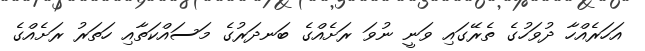
އަހަރެއްހާ ދުވަހުގެ ތެރޭގައި ވަނީ ނުވަ ރަށެއްގެ ބަނދަރުގެ މަސައްކަތާއި ހަތަރު ރަށެއްގެ